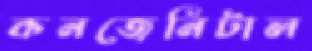
কনজেনিটাল